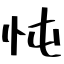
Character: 忳